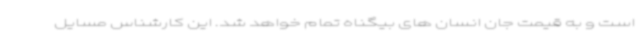
است و به قیمت جان انسان های بیگناه تمام خواهد شد. این کارشناس مسایل